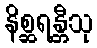
နိစ္ဆရန္တီသု